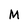
Character: M